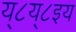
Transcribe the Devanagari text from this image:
य्८य्८इय